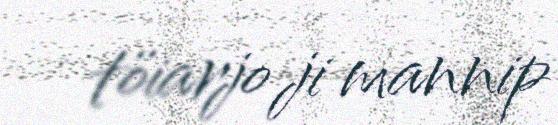
töiarjo ji mannip